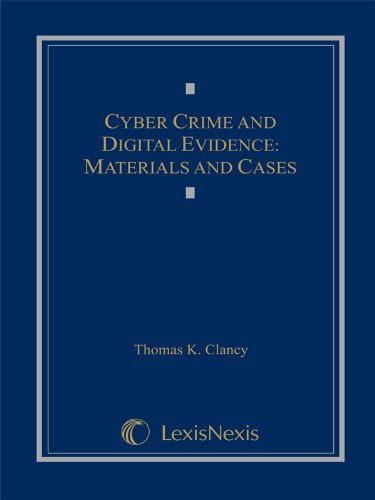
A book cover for Cyber Crime and Digital Evidence: Materials and Cases; Thomas K. Clancy; Law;